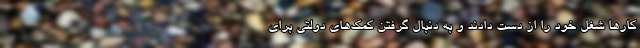
کارها شغل خود را از دست دادند و به دنبال گرفتن کمک‌های دولتی برای